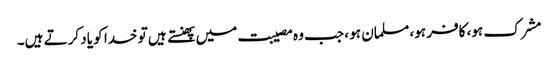
مشرک ہو، کافر ہو، مسلمان ہو ، جب وہ مصیبت میں پھنستے ہیں تو خدا کو یاد کرتے ہیں۔